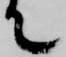
て